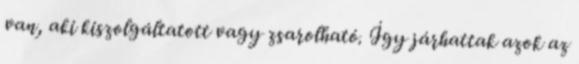
van, aki kiszolgáltatott vagy zsarolható. Így járhattak azok az